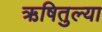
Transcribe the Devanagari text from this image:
ऋषितुल्या